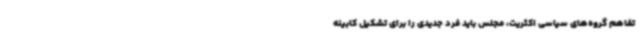
تفاهم گروه‌های سیاسی اکثریت، مجلس باید فرد جدیدی را برای تشکیل کابینه